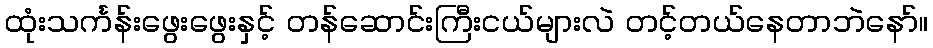
ထုံးသင်္ကန်းဖွေးဖွေးနှင့် တန်ဆောင်းကြီးငယ်များလဲ တင့်တယ်နေတာဘဲနော်။